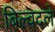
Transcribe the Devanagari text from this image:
बिल्वदले